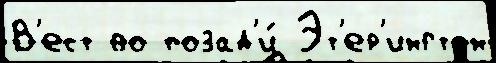
В'ест во позад'и́ Эт'ер'ингтон